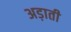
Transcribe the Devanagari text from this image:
अड़ाती